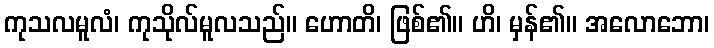
ကုသလမူလံ၊ ကုသိုလ်မူလသည်။ ဟောတိ၊ ဖြစ်၏။ ဟိ၊ မှန်၏။ အလောဘော၊